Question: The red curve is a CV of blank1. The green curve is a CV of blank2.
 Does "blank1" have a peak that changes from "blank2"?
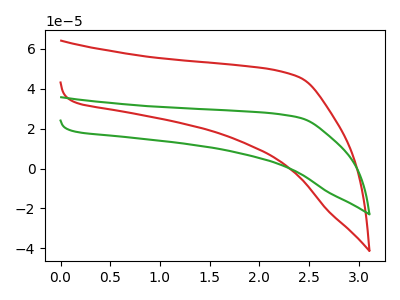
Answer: <think>The red curve "blank1" has no peaks. The green curve "blank2" has no peaks.
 Neither "blank1" or "blank2" have any peaks.</think>
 <answer>No, "blank1" and "blank2" don't appear to be significantly different in shape</answer>
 <eval>no_change</eval>